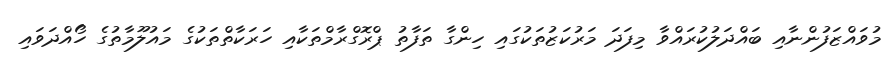
މުވައްޒަފުންނާއި ބައްދަލުކުރައްވާ މިފަދަ މަރުކަޒުތަކުގައި ހިންގާ ތަފާތު ޕްރޮގްރާމްތަކާއި ހަރަކާތްތަކުގެ މައުލޫމާތުގެ ހޯއްދަވައި